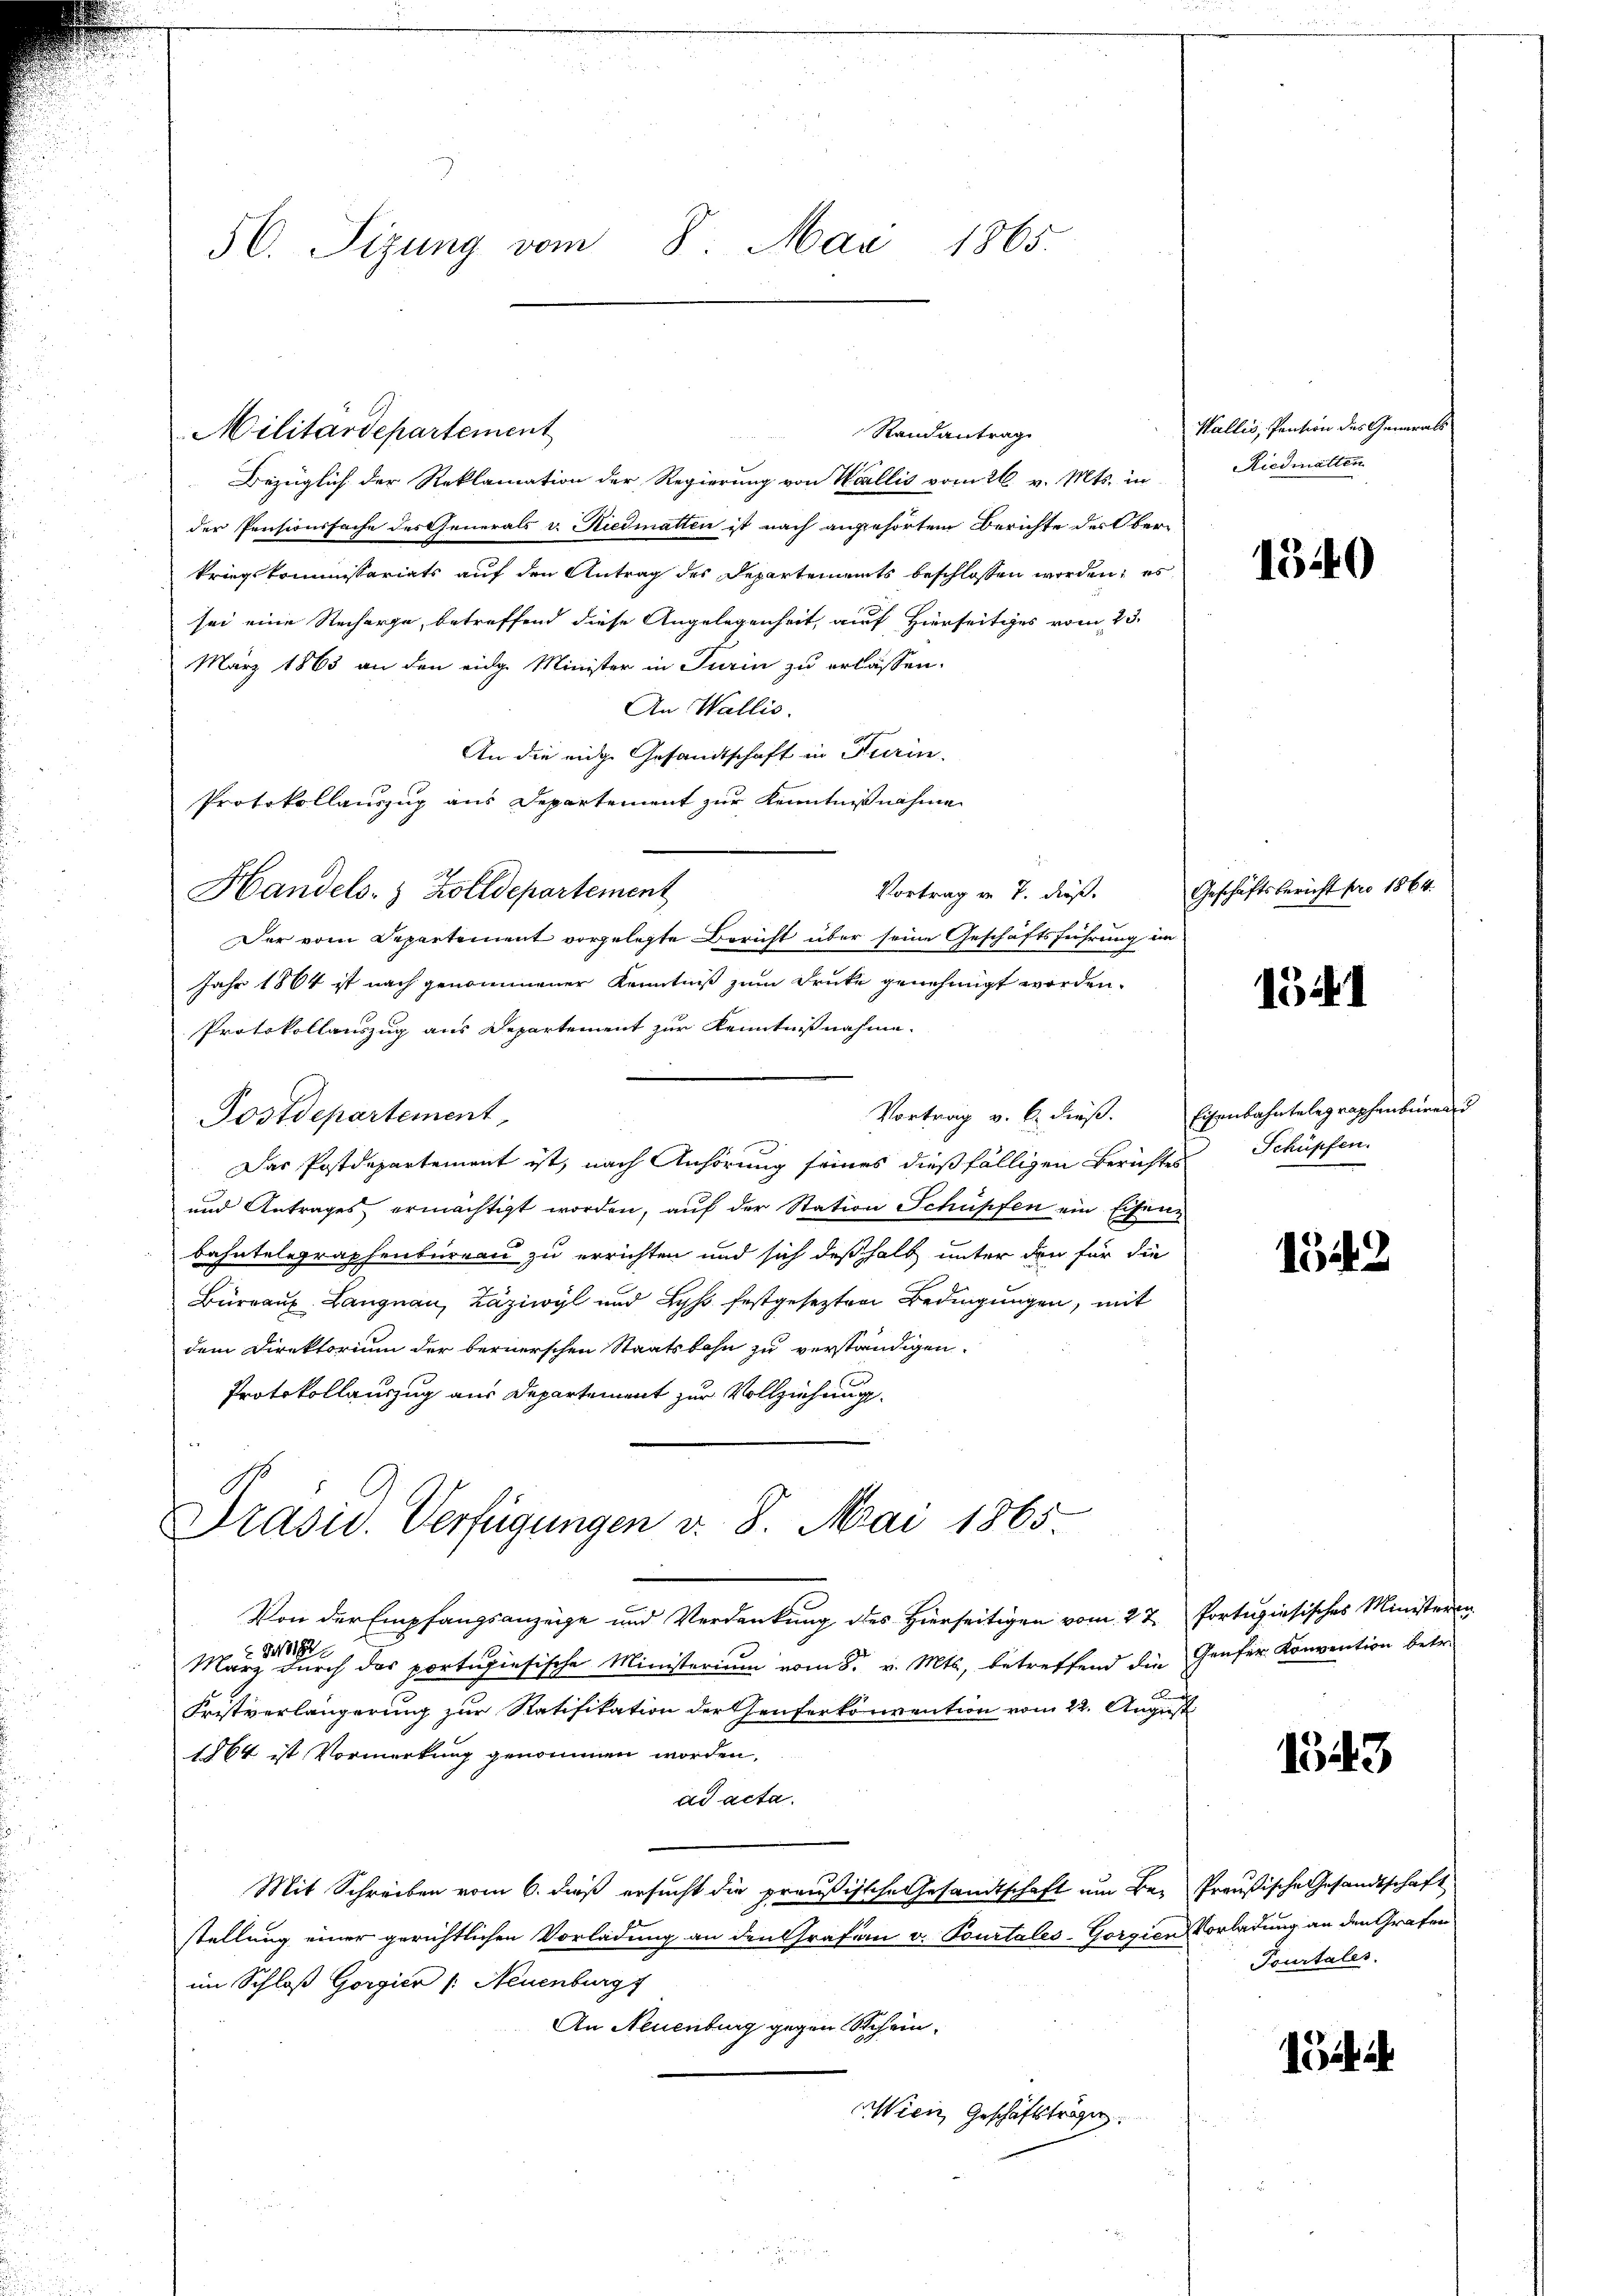
56. Sizung vom 8. Mai 1865.

Militärdepartement
Bezüglich der Reklamation der Regierung von Wallis vom 26. v. Mts. in
der Pensionsfache des Generals v. Riedmatten ist nach angehörten Berichte des Ober-
kriegskommissariats auf den Antrag des Departements beschlossen worden; es
sei eine Recharge, betreffend diese Angelegenheit, auf Hierseitiges vom 23.
März 1863 an den eidg. Minister in Turin zu erlassen.
An Wallis.
An die eige Gesandtschaft in Turin.
Protokollauszug aus Departement zur Kenntnißnahme
Vortrag in 7. dieß.
Der vom Departement vorgelegte Bericht über seine Geschäftsführung im
Jahr 1864 ist nach genommener Kenntniß zum Drucke genehmigt worden.
Protokollauszug aus Departement zur Kenntnißnahme.
.
Vortrag v. 6. dieß.
Postdepartement,
Das Postdepartement ist, nach Anhörung seines dießfälligen Berichtes
und Antrages ermächtigt worden, auf der Station Schüpfen ein Eisenbahntelegraphenbureau zu errichten und sich deßhalb unter den für die
Büreaux Langnau, Zäziwyl und Hyso festgesezten Bedingungen, mit
dem Direktorium der bernerschen Staatsbahn zu verständigen.
Protokollauszug aus Departement zur Vollziehung.

Handels- & Zolldepartement

Randantrag.

Präsid. Verfügungen v. 8. Mai 1865.

Von der Empfangsanzeige und Verdankung des Hierseitigen vom 27. Portugisisches Ministern
8
März durch das portugiesische Ministerium vom 8. v. Mts., betreffend die Genfer Konvention betr.

Fristverlängerung zur Ratifikation der Genferkonvention vom 22. August
1864 ist Vormerkung genommen worden,
ad acta.
Mit Schreiben vom 6. dieß ersucht die preußische Gesandtschaft um Be- Preußische Gesandtschaft
stellung einer gerichtlichen Vorladung an den Grafen v. Pourtales-Gorgien Vorladung an den Grafen
im Schloß Gorgien /: Neuenburg
An Neuenburg gegen Schein-
Wien Geschäftsträgen.

Wallis, Pension des Generals
Riedmatten

1340

Geschäftsbericht pro 1864.

1541

Eisenbahntelegraphenberei
Schüpfen.

1542

1343

Tourtales.

i